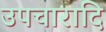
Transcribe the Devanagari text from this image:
उपचारादि